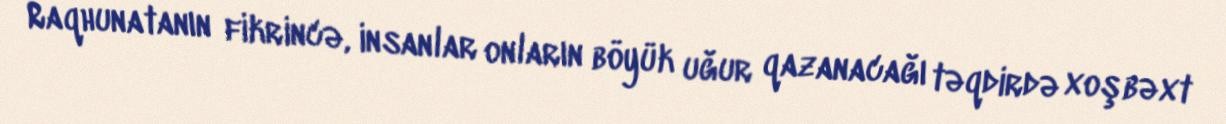
Raqhunatanın fikrincə, insanlar onların böyük uğur qazanacağı təqdirdə xoşbəxt